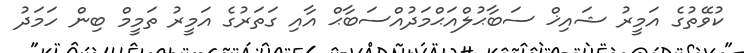
ކުވޭތުގެ އަމީރު ޝައިޚް ސަބާޙުލްއަޙްމަދުއްސަބާޙް އާއި ގަތަރުގެ އަމީރު ތަމީމް ބިން ހަމަދު